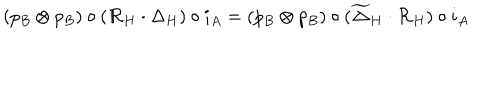
( p _ { B } \otimes p _ { B } ) \circ ( { \cal R } _ { H } \cdot \Delta _ { H } ) \circ i _ { A } = ( p _ { B } \otimes p _ { B } ) \circ ( \widetilde \Delta _ { H } \cdot { \cal R } _ { H } ) \circ i _ { A }